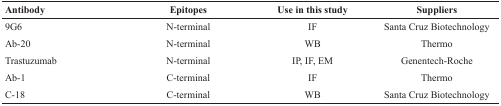
<table><thead><tr><td><b>Antibody</b></td><td><b>Epitopes</b></td><td><b>Use in this study</b></td><td><b>Suppliers</b></td></tr></thead><tbody><tr><td>9G6</td><td>N-terminal</td><td>IF</td><td>Santa Cruz Biotechnology</td></tr><tr><td>Ab-20</td><td>N-terminal</td><td>WB</td><td>Thermo</td></tr><tr><td>Trastuzumab</td><td>N-terminal</td><td>IP, IF, EM</td><td>Genentech-Roche</td></tr><tr><td>Ab-1</td><td>C-terminal</td><td>IF</td><td>Thermo</td></tr><tr><td>C-18</td><td>C-terminal</td><td>WB</td><td>Santa Cruz Biotechnology</td></tr></tbody></table>